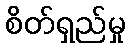
စိတ်ရှည်မှု